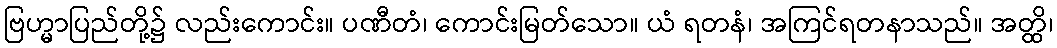
ဗြဟ္မာပြည်တို့၌ လည်းကောင်း။ ပဏီတံ၊ ကောင်းမြတ်သော။ ယံ ရတနံ၊ အကြင်ရတနာသည်။ အတ္ထိ၊